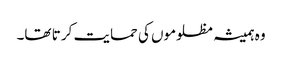
وہ ہمیشہ مظلوموں کی حمایت کر تا تھا۔